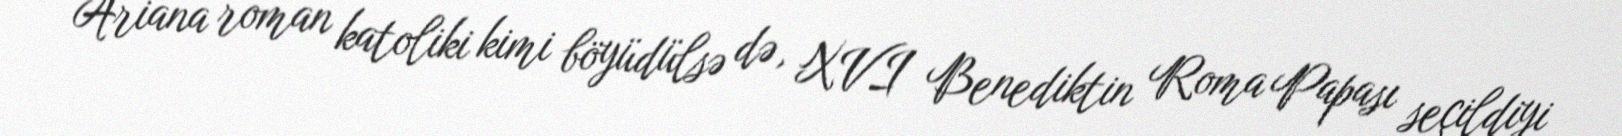
Ariana roman katoliki kimi böyüdülsə də, XVI Benediktin Roma Papası seçildiyi